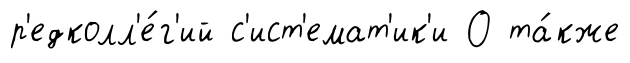
р'едколл'е́г'ий с'ист'емат'ик'и О та́кже